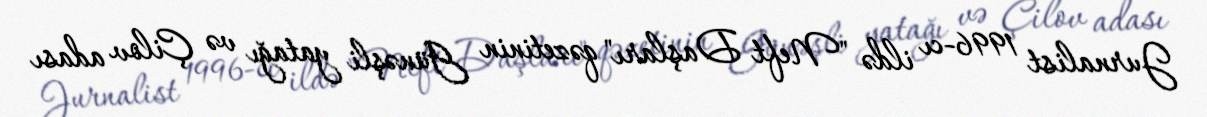
Jurnalist 1996-cı ildə "Neft Daşları" qəzetinin Günəşli yatağı və Çilov adası